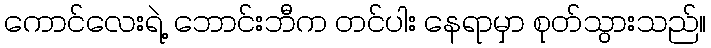
ကောင်လေးရဲ့ ဘောင်းဘီက တင်ပါး နေရာမှာ စုတ်သွားသည်။